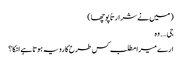
( میں نے شرارتاً پوچھا )
جی…. وہ
ارے میرا مطلب کس طرح کا رویہ ہوتا ہے انکا ؟